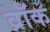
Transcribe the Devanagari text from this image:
व्रॉक